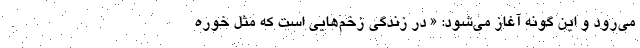
می‌رود و این گونه آغاز می‌شود: « در زندگی زخم‌هایی است که مثل خوره